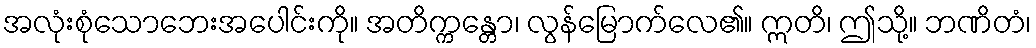
အလုံးစုံသောဘေးအပေါင်းကို။ အတိက္ကန္တော၊ လွန်မြောက်လေ၏။ ဣတိ၊ ဤသို့။ ဘဏိတံ၊